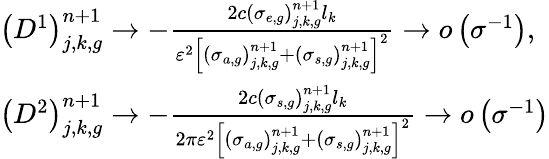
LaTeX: \begin{array}{l}{{\left(D^{1}\right)_{j,k,g}^{n+1}\to-\frac{2c\left(\sigma_{e,g}\right)_{j,k,g}^{n+1}l_{k}}{\varepsilon^{\mathrm{2}}\left[\left(\sigma_{a,g}\right)_{j,k,g}^{n+1}+\left(\sigma_{s,g}\right)_{j,k,g}^{n+1}\right]^{\mathrm{2}}}\to o\left(\sigma^{-1}\right)\mathrm{,}}}\\ {{\left(D^{2}\right)_{j,k,g}^{n+1}\to-\frac{2c\left(\sigma_{s,g}\right)_{j,k,g}^{n+1}l_{k}}{2\pi\varepsilon^{\mathrm{2}}\left[\left(\sigma_{a,g}\right)_{j,k,g}^{n+1}+\left(\sigma_{s,g}\right)_{j,k,g}^{n+1}\right]^{\mathrm{2}}}\to o\left(\sigma^{-1}\right)}}\end{array}